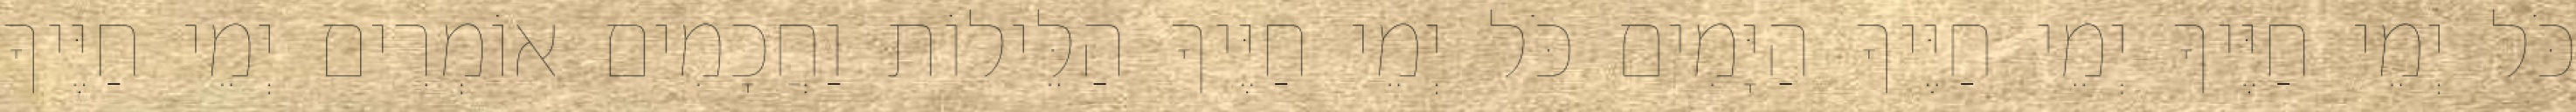
כֹּל יְמֵי חַיֶּיךָ יְמֵי חַיֶּיךָ הַיָּמִים כֹּל יְמֵי חַיֶּיךָ הַלֵּילוֹת וַחֲכָמִים אוֹמְרִים יְמֵי חַיֶּיךָ